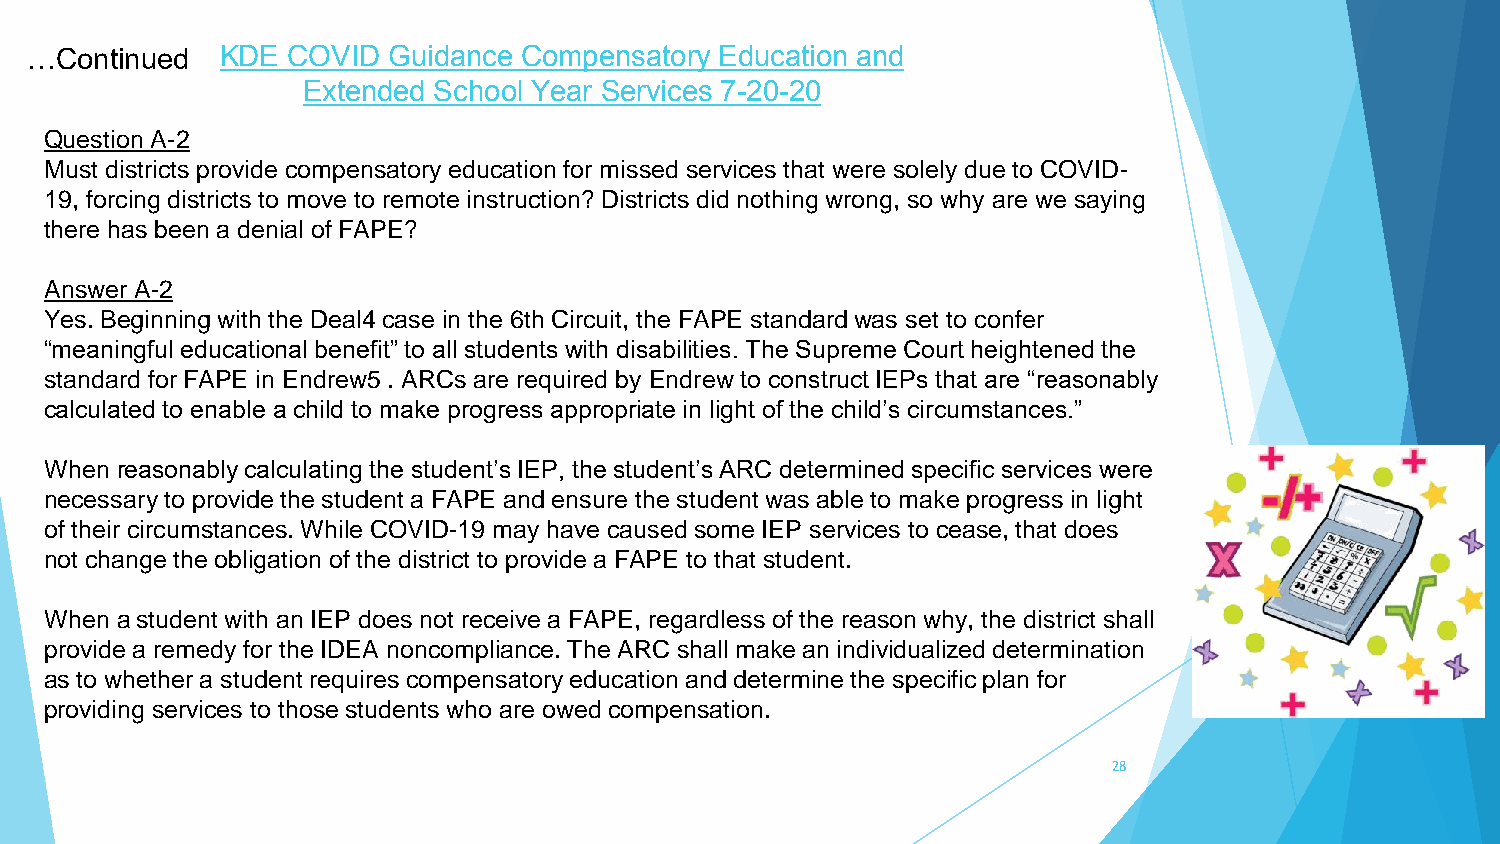
…Continued   KDE COVID  Guidance Compensatory Education and
 Extended School Year Services 7-20-20
 Question A-2
 Must districts provide compensatory education for missed services that were solely due to COVID-
 19, forcing districts to move to remote instruction? Districts did nothing wrong, so why are we saying
 there has been a denial of FAPE?
 Answer A-2
 Yes. Beginning with the Deal4 case in the 6th Circuit, the FAPE standard was set to confer
 “meaningful educational benefit” to all students with disabilities. The Supreme Court heightened the
 standard for FAPE in Endrew5 . ARCs are required by Endrew to construct IEPs that are “reasonably
 calculated to enable a child to make progress appropriate in light of the child’s circumstances.”
 When reasonably calculating the student’s IEP, the student’s ARC determined specific services were
 necessary to provide the student a FAPE and ensure the student was able to make progress in light
 of their circumstances. While COVID-19 may have caused some IEP services to cease, that does
 not change the obligation of the district to provide a FAPE to that student.
 When a student with an IEP does not receive a FAPE, regardless of the reason why, the district shall
 provide a remedy for the IDEA noncompliance. The ARC shall make an individualized determination
 as to whether a student requires compensatory education and determine the specific plan for
 providing services to those students who are owed compensation.
 28